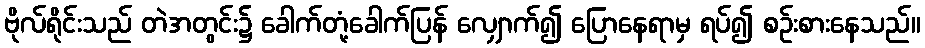
ဗိုလ်ရိုင်းသည် တဲအတွင်း၌ ခေါက်တုံ့ခေါက်ပြန် လျှောက်၍ ပြောနေရာမှ ရပ်၍ စဉ်းစားနေသည်။